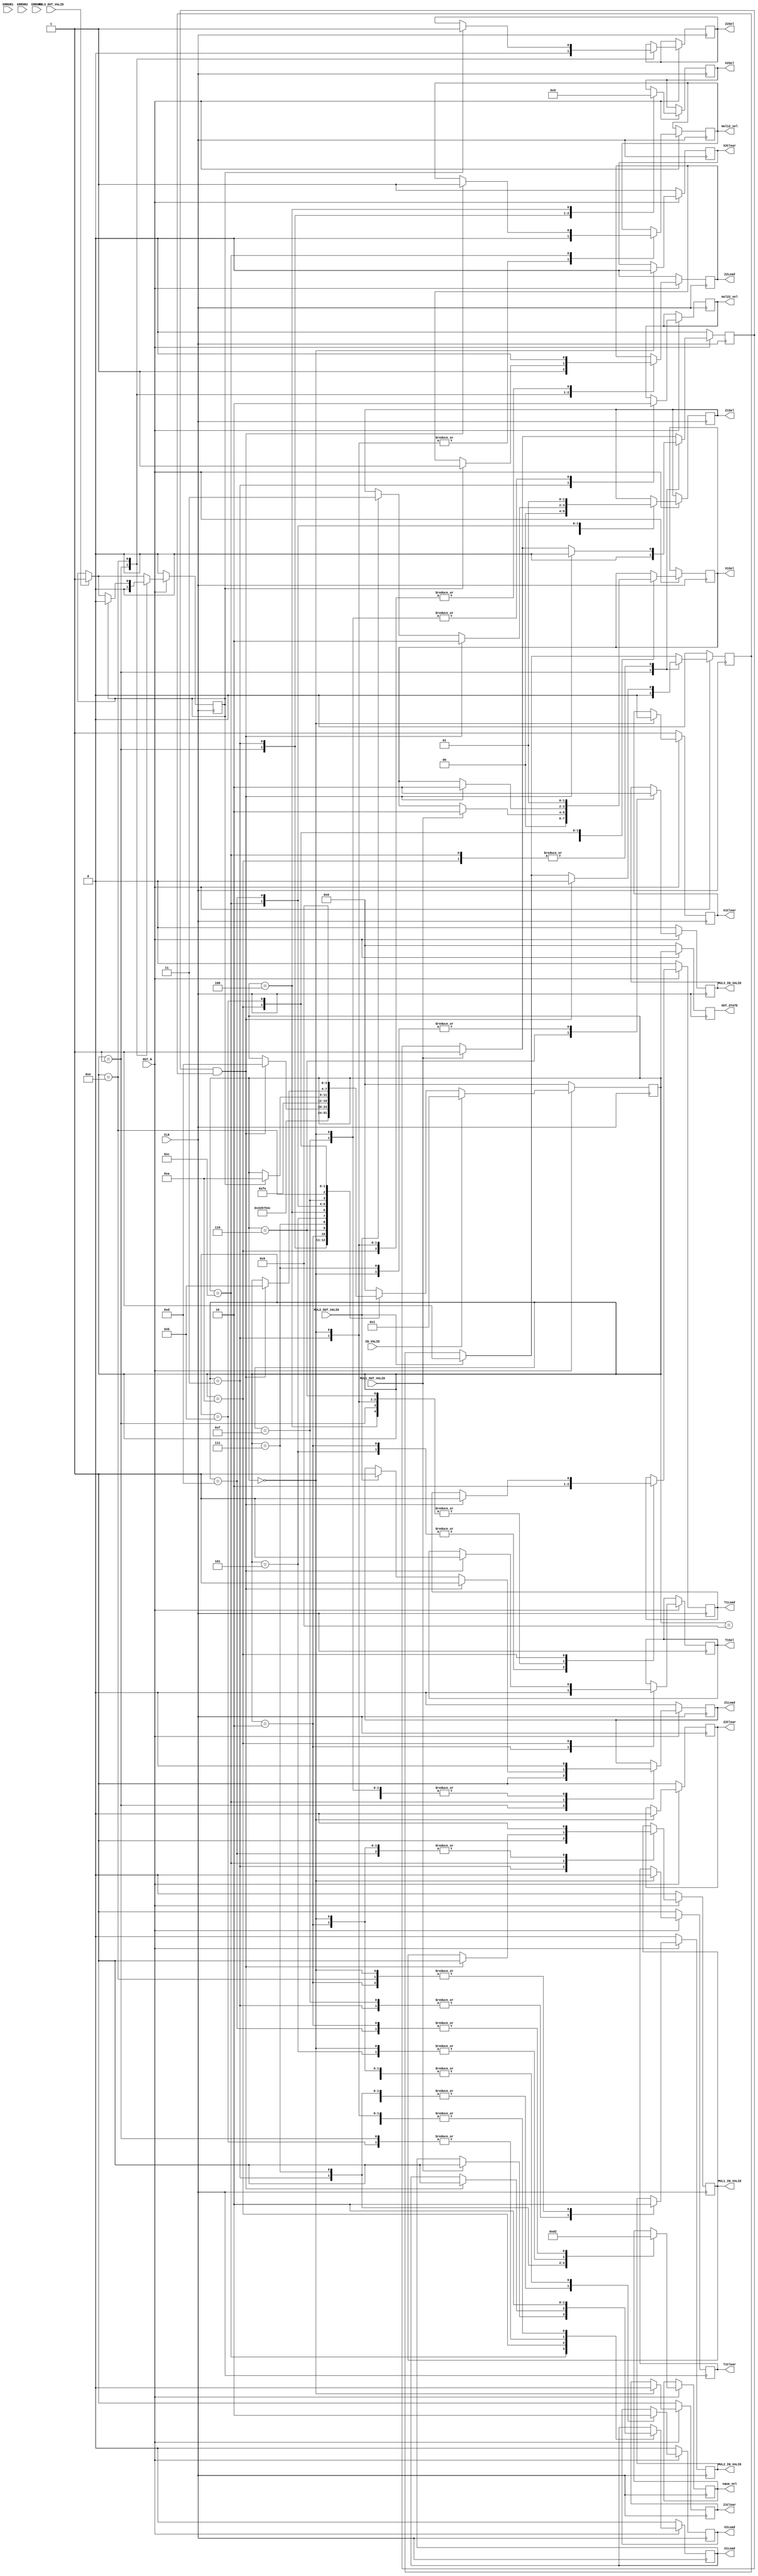
`timescale 1ns / 1ps 
//////////////////////////////////////////////////////////////////////////////////
// Company:
// Engineer:
//
// Design Name:
// Module Name:    P_AddDouble_fsm
// Project Name:
// Target Devices:
// Tool versions:
// Description:
//
// Dependencies:
//
// Revision:
// Revision 0.01 - File Created
// Additional Comments:
//
//////////////////////////////////////////////////////////////////////////////////
module P_AddDouble_fsm(
           CLK,
           RST_N,
           ERROR1,
           ERROR2,
           ERROR3,
           MUL1_OUT_VALID,
           MUL2_OUT_VALID,
           MUL3_OUT_VALID,
           IN_VALID,
           mul12_sel,
           mul22_sel,
           squa_sel,
           T1Clear,
           T1Load,
           X1Clear,
           X1Load,
           Z1Clear,
           Z1Load,
           X2Clear,
           X2Load,
           Z2Clear,
           Z2Load,
           X1Sel,
           Z1Sel,
           X2Sel,
           Z2Sel,
           T1Sel,
           MUL1_IN_VALID,
           MUL2_IN_VALID,
           MUL3_IN_VALID,
           OUT_STATE
       );


input CLK;
input RST_N;
input ERROR1, ERROR2, ERROR3;
input IN_VALID;
input MUL1_OUT_VALID;
input MUL2_OUT_VALID;
input MUL3_OUT_VALID;

output reg mul12_sel;
output reg mul22_sel;
output reg [1: 0] squa_sel;

output reg T1Clear;
output reg T1Load;
output reg X1Clear;
output reg X1Load;
output reg Z1Clear;
output reg Z1Load;
output reg X2Clear;
output reg X2Load;
output reg Z2Clear;
output reg Z2Load;
output reg [1: 0] X1Sel;
output reg [1: 0] Z1Sel;
output reg [1: 0] X2Sel;
output reg Z2Sel;
output reg T1Sel;
output reg MUL1_IN_VALID;
output reg MUL2_IN_VALID;
output reg MUL3_IN_VALID;

output reg [3: 0] OUT_STATE;
reg [3: 0] state;

reg mul1_out_valid_tmp;
reg mul2_out_valid_tmp;
reg mul3_out_valid_tmp;

parameter
    IDLE = 4'b0000,
    INIT = 4'b0001,
    START = 4'b0011,
    S1 = 4'b0010,
    S2 = 4'b0110,
    S3 = 4'b0111,
    S4 = 4'b0101,
    S5 = 4'b0100,
    S6 = 4'b1100,
    S7 = 4'b1101,
    S8 = 4'b1111,
    S9 = 4'b1110,
    S10 = 4'b1010,
    S11 = 4'b1011,
    OUTPUT = 4'b1001;

always @(posedge CLK) begin
    if (!RST_N) begin
        mul1_out_valid_tmp <= 0;
        mul2_out_valid_tmp <= 0;
        mul3_out_valid_tmp <= 0;
        MUL1_IN_VALID <= 0;
        MUL2_IN_VALID <= 0;
        MUL3_IN_VALID <= 0;

        T1Clear <= 1;
        X1Clear <= 1;
        Z1Clear <= 1;
        X2Clear <= 1;
        Z2Clear <= 1;

        T1Load <= 0;
        X1Load <= 0;
        Z1Load <= 0;
        X2Load <= 0;
        Z2Load <= 0;

        state <= 0;
        OUT_STATE <= 0;
    end
    else begin
        OUT_STATE <= state;
        if (MUL1_OUT_VALID == 1) begin
            mul1_out_valid_tmp <= 1;
        end
        if (MUL2_OUT_VALID == 1) begin
            mul2_out_valid_tmp <= 1;
        end
        if (MUL3_OUT_VALID == 1) begin
            mul3_out_valid_tmp <= 1;
        end

        case (state)
            IDLE: begin
                T1Clear <= 0;
                T1Load <= 0;

                X1Clear <= 0;
                X1Load <= 0;

                Z1Clear <= 0;
                Z1Load <= 0;

                X2Clear <= 0;
                X2Load <= 0;

                Z2Clear <= 0;
                Z2Load <= 0;

                mul12_sel <= 0;
                mul22_sel <= 0;

                squa_sel <= 0;

                MUL1_IN_VALID <= 0;
                MUL2_IN_VALID <= 0;
                MUL3_IN_VALID <= 0;

                if (IN_VALID) begin
                    state <= INIT;
                end
                else begin
                    state <= IDLE;
                end
            end
            INIT: begin
                mul1_out_valid_tmp <= 0;
                mul2_out_valid_tmp <= 0;
                mul3_out_valid_tmp <= 0;

                T1Load <= 0;

                X1Load <= 1;
                X1Sel <= 0;

                Z1Load <= 1;
                Z1Sel <= 0;

                X2Load <= 1;
                X2Sel <= 0;

                Z2Load <= 1;
                Z2Sel <= 0;

                if (!IN_VALID) begin
                    state <= START;
                end
            end
            START: begin
                T1Load <= 0;
                X1Load <= 0;
                Z1Load <= 0;
                Z2Load <= 0;

                //
                mul12_sel <= 0;
                mul22_sel <= 1;

                MUL1_IN_VALID <= 1;
                MUL2_IN_VALID <= 1;

                //X2=X1^2
                squa_sel <= 2'b11; //X1
                X2Sel <= 2'b10;
                X2Load <= 1;


                state <= S1;
            end
            S1: begin
                $display("P_AD first two multiplication in adding\n");
                MUL1_IN_VALID <= 0;
                MUL2_IN_VALID <= 0;

                //T1=Z1^2
                squa_sel <= 2'b10; //select Z1
                T1Sel <= 0;
                T1Load <= 1;
                X2Load <= 0;
                state <= S2;

            end
            S2: begin
                T1Load <= 0;
                MUL3_IN_VALID <= 1;
                state <= S3;
            end
            S3: begin
                $display("P_AD first multiplication in double\n");
                MUL3_IN_VALID <= 0;
                squa_sel <= 2'b01; //X2=X2^2
                X2Load <= 1;
                state <= S4;
            end
            S4: begin
                X2Load <= 0;
                T1Load <= 1;
                squa_sel <= 2'b00; //T1=T1^2
                state <= S5;
            end
            S5: begin
                //X2=T1+X2
                T1Load <= 0;
                X2Sel <= 2'b01;
                X2Load <= 1;
                state <= S6;
            end
            S6: begin
                X2Load <= 0;
                //X1=X1*Z2 finished!
                if (MUL1_OUT_VALID == 1) begin
                    X1Sel <= 2'b10;
                    X1Load <= 1;
                end
                //Z1=Z1*X2 finished!
                if (MUL2_OUT_VALID == 1) begin
                    Z1Sel <= 2'b11;
                    Z1Load <= 1;
                end
                if (mul1_out_valid_tmp == 1 && mul2_out_valid_tmp == 1) begin

                    state <= S7;
                    mul1_out_valid_tmp <= 0;
                    mul2_out_valid_tmp <= 0;

                    MUL1_IN_VALID <= 1;
                    mul12_sel <= 1;

                    Z1Load <= 1; //Z1=X1+Z1;
                    Z1Sel <= 2'b10;
                end
            end
            S7: begin
                MUL1_IN_VALID <= 0;
                squa_sel <= 2'b10; //Z1=Z1^2
                Z1Sel <= 2'b01;
                state <= S8;
            end
            S8: begin
                Z1Load <= 0;
                //Z1
                MUL2_IN_VALID <= 1;
                mul22_sel <= 0;

                state <= S9;
            end
            S9: begin
                //Z1
                MUL2_IN_VALID <= 0;

                if (mul3_out_valid_tmp == 1) begin
                    mul3_out_valid_tmp <= 0;
                    Z2Load <= 1;
                    Z2Sel <= 1;
                    state <= S10;
                end
            end
            S10: begin
                Z2Load <= 0;
                if (mul1_out_valid_tmp == 1 && mul2_out_valid_tmp == 1) begin
                    state <= S11;
                    mul1_out_valid_tmp <= 0;
                    mul2_out_valid_tmp <= 0;

                    X1Load <= 1; //X1=X1*Z1
                    X1Sel <= 2'b10;
                    T1Load <= 1;
                    T1Sel <= 1;

                end
            end
            S11: begin
                state <= OUTPUT;
                X1Sel <= 2'b01;
                X1Load <= 1;
            end

            OUTPUT: begin
                X1Load <= 0;
                state <= IDLE;
            end
            default: begin
                state <= IDLE;
            end
        endcase

        // 2020-12-19
        if (IN_VALID==1) begin
            $display("P_AD state %d jump to INIT\n",state);
            state<=INIT;
        end
    end

end
endmodule